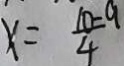
x = \frac { 1 0 - 9 } { 4 }